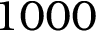
1 0 0 0